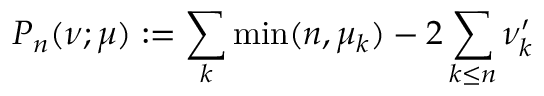
P _ { n } ( \nu ; \mu ) : = \sum _ { k } \operatorname * { m i n } ( n , \mu _ { k } ) - 2 \sum _ { k \le n } \nu _ { k } ^ { \prime }